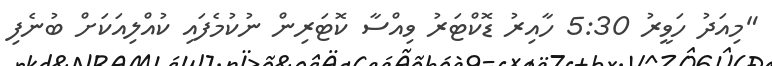
"މިއަދު ހަވީރު 5:30 ހާއިރު ޑޮކްޓަރު ވިއްސާ ކޮޓަރިން ނުކުމެފައި ކުއްލިއަކަށް ބުނެފި